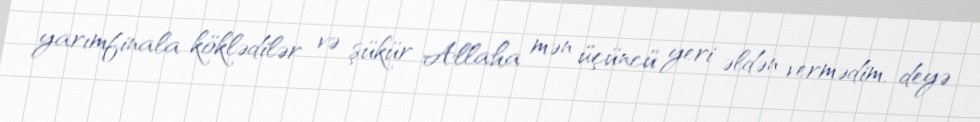
yarımfinala köklədilər və şükür Allaha mən üçüncü yeri əldən vermədim, deyə